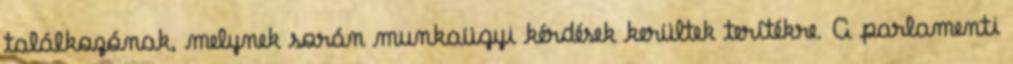
találkozónak, melynek során munkaügyi kérdések kerültek terítékre. A parlamenti